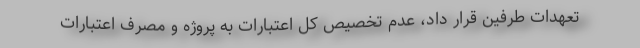
تعهدات طرفین قرار داد، عدم تخصیص کل اعتبارات به پروژه و مصرف اعتبارات